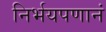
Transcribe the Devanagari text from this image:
निर्भयपणानं